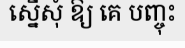
ស្នើសុំ ឱ្យ គេ បញ្ចុះ